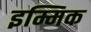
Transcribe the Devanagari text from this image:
इम्मिक